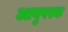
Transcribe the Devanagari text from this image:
आयुपरक